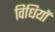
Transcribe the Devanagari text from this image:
विधियॉ